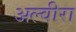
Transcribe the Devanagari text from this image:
अल्वीरा